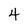
Character: 4